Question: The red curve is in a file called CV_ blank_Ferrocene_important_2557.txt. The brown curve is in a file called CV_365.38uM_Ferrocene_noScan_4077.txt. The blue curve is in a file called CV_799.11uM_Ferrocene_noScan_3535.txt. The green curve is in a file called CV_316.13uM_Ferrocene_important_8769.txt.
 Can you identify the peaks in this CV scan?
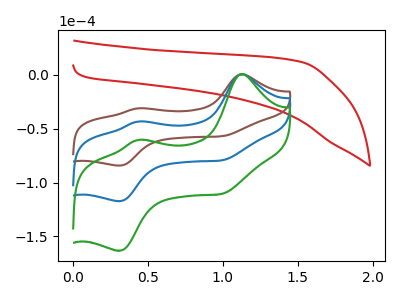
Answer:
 <answer>The red curve "Ferrocene  blank" has no peaks. The brown curve "Ferrocene 365.38uM" has anodic peaks at (1.10V, 0.30uA) (0.45V, -31.25uA) and cathodic peaks at (1.00V, -56.90uA) (0.30V, -84.35uA). The blue curve "Ferrocene 799.11uM" has anodic peaks at (1.10V, 0.40uA) (0.45V, -43.45uA) and cathodic peaks at (1.00V, -79.15uA) (0.30V, -117.35uA). The green curve "Ferrocene 316.13uM" has anodic peaks at (1.10V, 0.85uA) (0.45V, -86.90uA) and cathodic peaks at (1.00V, -158.35uA) (0.30V, -234.70uA).</answer>
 <eval></eval>